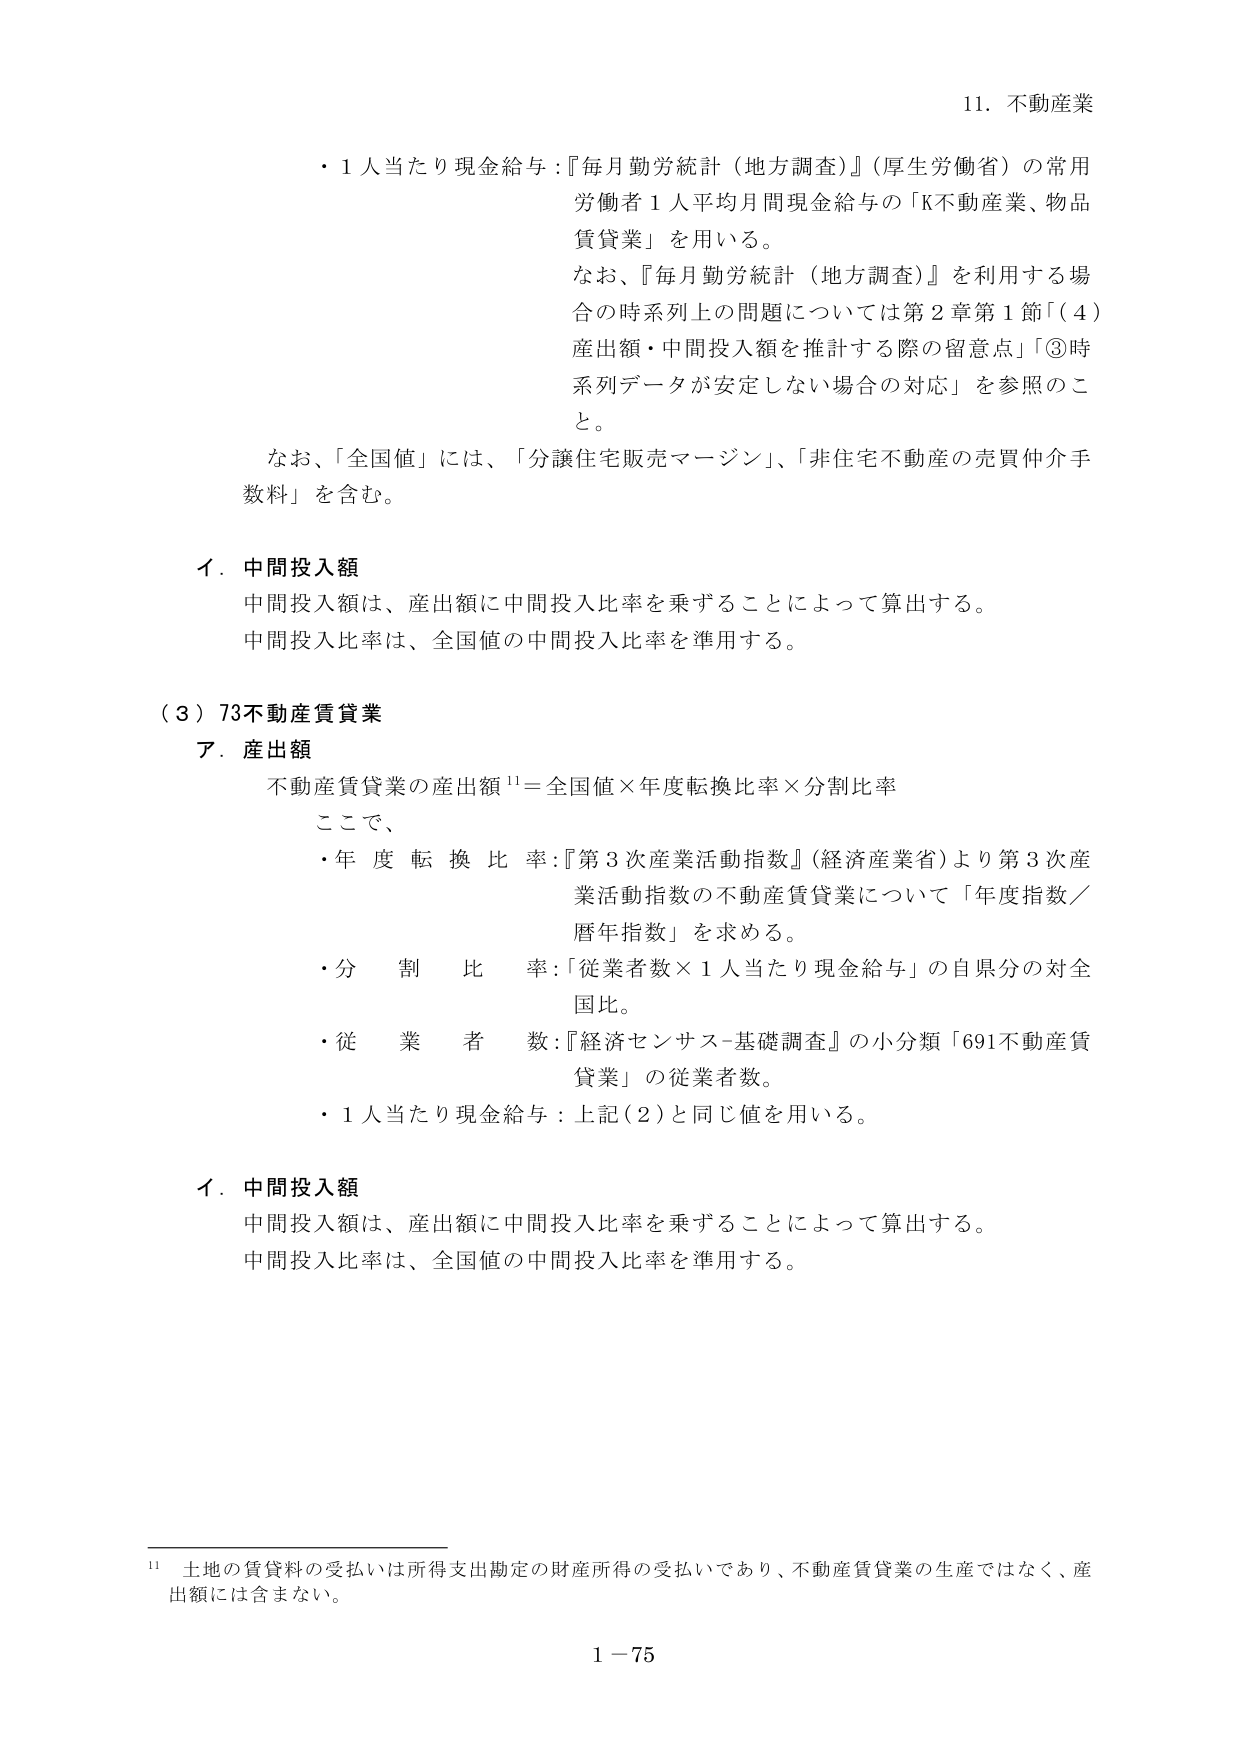
11. 不動産業

・1人当たり現金給与：『毎月勤労統計（地方調査）』（厚生労働省）の常用労働者1人平均月間現金給与の「K不動産業、物品賃貸業」を用いる。

なお、『毎月勤労統計（地方調査）』を利用する場合の時系列上の問題については第2章第1節「（4）産出額・中間投入額を推計する際の留意点」「③時系列データが安定しない場合の対応」を参照のこと。

なお、「全国値」には、「分譲住宅販売マージン」、「非住宅不動産の売買仲介手数料」を含む。

イ．中間投入額
中間投入額は、産出額に中間投入比率を乗ずることによって算出する。
中間投入比率は、全国値の中間投入比率を準用する。

（3）73不動産賃貸業
ア．産出額
不動産賃貸業の産出額¹¹＝全国値×年度転換比率×分割比率

ここで、
・年度転換比率：『第3次産業活動指数』（経済産業省）より第3次産業活動指数の不動産賃貸業について「年度指数／暦年指数」を求める。
・分割比率：「従業者数×1人当たり現金給与」の自県分の対全国比。
・従業者数：『経済センサス-基礎調査』の小分類「691不動産賃貸業」の従業者数。
・1人当たり現金給与：上記（2）と同じ値を用いる。

イ．中間投入額
中間投入額は、産出額に中間投入比率を乗ずることによって算出する。
中間投入比率は、全国値の中間投入比率を準用する。

¹¹ 土地の賃貸料の受払いは所得支出勘定の財産所得の受払いであり、不動産賃貸業の生産ではなく、産出額には含まれない。

1－75